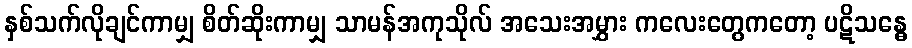
နှစ်သက်လိုချင်ကာမျှ စိတ်ဆိုးကာမျှ သာမန်အကုသိုလ် အသေးအမွှား ကလေးတွေကတော့ ပဋိသန္ဓေ